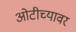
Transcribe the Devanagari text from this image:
ओटीच्यावर